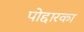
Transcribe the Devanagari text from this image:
पोद्दारका